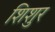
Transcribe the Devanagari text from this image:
शिशुर